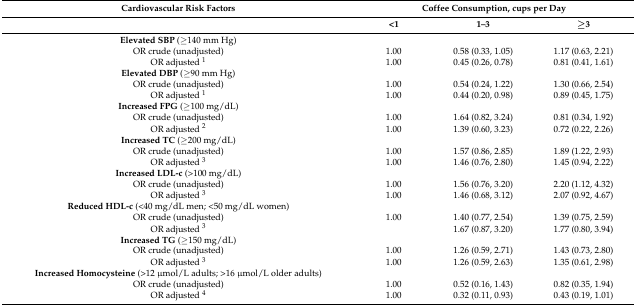
<table><thead><tr><td><b>Cardiovascular Risk Factors</b></td><td colspan="3"><b>Coffee Consumption, cups per Day</b></td></tr><tr><td></td><td><b>&lt;1</b></td><td><b>1–3</b></td><td><b>≥3</b></td></tr></thead><tbody><tr><td><b>Elevated SBP</b> (≥140 mm Hg)</td><td></td><td></td><td></td></tr><tr><td>OR crude (unadjusted)</td><td>1.00</td><td>0.58 (0.33, 1.05)</td><td>1.17 (0.63, 2.21)</td></tr><tr><td>OR adjusted <sup>1</sup></td><td>1.00</td><td>0.45 (0.26, 0.78)</td><td>0.81 (0.41, 1.61)</td></tr><tr><td><b>Elevated DBP</b> (≥90 mm Hg)</td><td></td><td></td><td></td></tr><tr><td>OR crude (unadjusted)</td><td>1.00</td><td>0.54 (0.24, 1.22)</td><td>1.30 (0.66, 2.54)</td></tr><tr><td>OR adjusted <sup>1</sup></td><td>1.00</td><td>0.44 (0.20, 0.98)</td><td>0.89 (0.45, 1.75)</td></tr><tr><td><b>Increased FPG</b> (≥100 mg/dL)</td><td></td><td></td><td></td></tr><tr><td>OR crude (unadjusted)</td><td>1.00</td><td>1.64 (0.82, 3.24)</td><td>0.81 (0.34, 1.92)</td></tr><tr><td>OR adjusted <sup>2</sup></td><td>1.00</td><td>1.39 (0.60, 3.23)</td><td>0.72 (0.22, 2.26)</td></tr><tr><td><b>Increased TC</b> (≥200 mg/dL)</td><td></td><td></td><td></td></tr><tr><td>OR crude (unadjusted)</td><td>1.00</td><td>1.57 (0.86, 2.85)</td><td>1.89 (1.22, 2.93)</td></tr><tr><td>OR adjusted <sup>3</sup></td><td>1.00</td><td>1.46 (0.76, 2.80)</td><td>1.45 (0.94, 2.22)</td></tr><tr><td><b>Increased LDL-c</b> (&gt;100 mg/dL)</td><td></td><td></td><td></td></tr><tr><td>OR crude (unadjusted)</td><td>1.00</td><td>1.56 (0.76, 3.20)</td><td>2.20 (1.12, 4.32)</td></tr><tr><td>OR adjusted <sup>3</sup></td><td>1.00</td><td>1.46 (0.68, 3.12)</td><td>2.07 (0.92, 4.67)</td></tr><tr><td><b>Reduced HDL-c</b> (&lt;40 mg/dL men; &lt;50 mg/dL women)</td><td></td><td></td><td></td></tr><tr><td>OR crude (unadjusted)</td><td>1.00</td><td>1.40 (0.77, 2.54)</td><td>1.39 (0.75, 2.59)</td></tr><tr><td>OR adjusted <sup>3</sup></td><td></td><td>1.67 (0.87, 3.20)</td><td>1.77 (0.80, 3.94)</td></tr><tr><td><b>Increased TG</b> (≥150 mg/dL)</td><td></td><td></td><td></td></tr><tr><td>OR crude (unadjusted)</td><td>1.00</td><td>1.26 (0.59, 2.71)</td><td>1.43 (0.73, 2.80)</td></tr><tr><td>OR adjusted <sup>3</sup></td><td>1.00</td><td>1.26 (0.59, 2.63)</td><td>1.35 (0.61, 2.98)</td></tr><tr><td><b>Increased Homocysteine</b> (&gt;12 μmol/L adults; &gt;16 μmol/L older adults)</td><td></td><td></td><td></td></tr><tr><td>OR crude (unadjusted)</td><td>1.00</td><td>0.52 (0.16, 1.43)</td><td>0.82 (0.35, 1.94)</td></tr><tr><td>OR adjusted <sup>4</sup></td><td>1.00</td><td>0.32 (0.11, 0.93)</td><td>0.43 (0.19, 1.01)</td></tr></tbody></table>